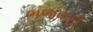
ભજવણી